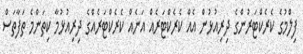
ފިލްމުގެ ކެރެކްޓަރުންގެ ދިރިއުޅުން އެއް ކެރެކްޓަރެއް އަނެއް ކެރެކްޓަރެއްގެ ދިރިއުޅުމާ ކިތަންމެ ތަފާތަސް